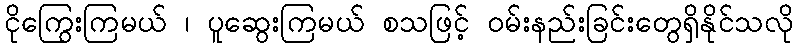
ငိုကြွေးကြမယ် ၊ ပူဆွေးကြမယ် စသဖြင့် ဝမ်းနည်းခြင်းတွေရှိနိုင်သလို